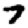
Digit: 7